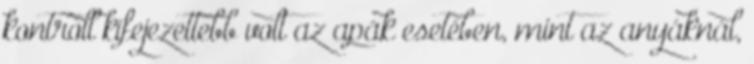
kontroll kifejezettebb volt az apák esetében, mint az anyáknál,